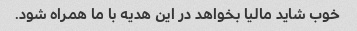
خوب شاید مالیا بخواهد در این هدیه با ما همراه شود.